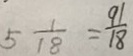
5 \frac { 1 } { 1 8 } = \frac { 9 1 } { 1 8 }